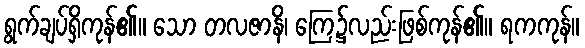
ရွက်ချပ်ရှိကုန်၏။ သော တလဇာနိ၊ ကြေ၌လည်းဖြစ်ကုန်၏။ ရကကုန်။